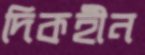
দিকহীন